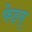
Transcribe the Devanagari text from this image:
फेइन्